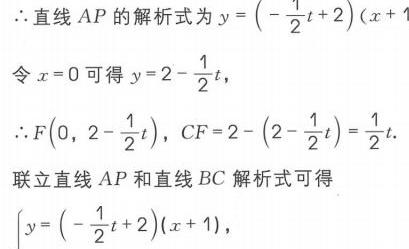
\(\therefore\)直线\(AP\)的解析式为\(y = \left(-\dfrac{1}{2}t + 2\right)(x + 1)\)
令\(x = 0\)可得\(y = 2-\dfrac{1}{2}t\)，
\(\therefore F\left(0,2-\dfrac{1}{2}t\right)\)，\(CF = 2-\left(2-\dfrac{1}{2}t\right)=\dfrac{1}{2}t\).
联立直线\(AP\)和直线\(BC\)解析式可得
\(\begin{cases}y = \left(-\dfrac{1}{2}t + 2\right)(x + 1),\end{cases}\)